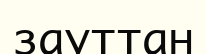
зауттан